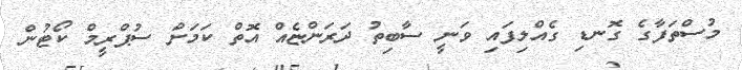
މުސްތަފާގެ ގޮނޑި ގެއްލިފައި ވަނީ ސާބިތު ދަރަންޏެއް އޮތް ކަމަށް ސުޕްރީމް ކޯޓުން